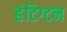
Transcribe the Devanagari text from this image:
हंटिग्टन